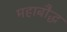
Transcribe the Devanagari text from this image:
महाबौद्ध